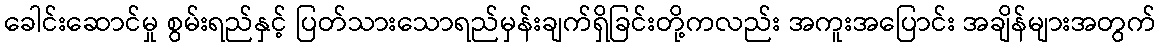
ခေါင်းဆောင်မှု စွမ်းရည်နှင့် ပြတ်သားသောရည်မှန်းချက်ရှိခြင်းတို့ကလည်း အကူးအပြောင်း အချိန်များအတွက်